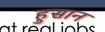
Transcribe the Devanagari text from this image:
हुसान